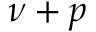
\nu + p